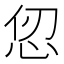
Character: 𪫫